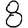
Digit: 8